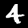
Digit: 4